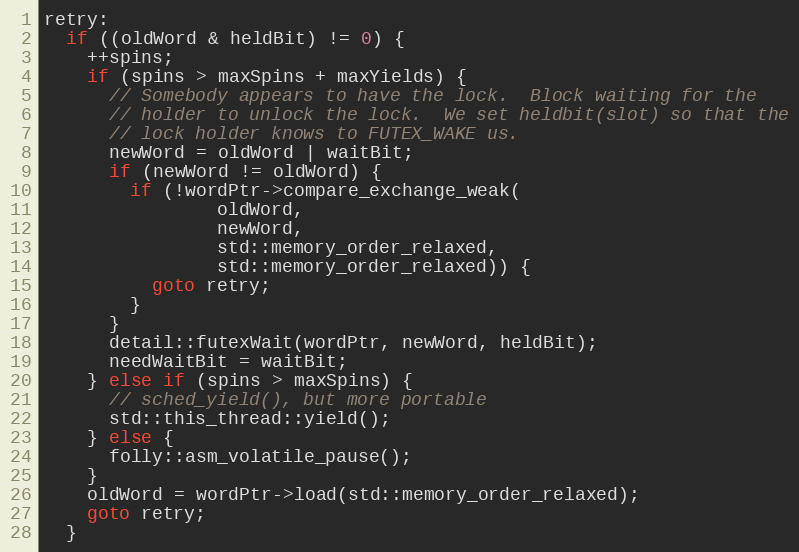
Language: C++
retry:
  if ((oldWord & heldBit) != 0) {
    ++spins;
    if (spins > maxSpins + maxYields) {
      // Somebody appears to have the lock.  Block waiting for the
      // holder to unlock the lock.  We set heldbit(slot) so that the
      // lock holder knows to FUTEX_WAKE us.
      newWord = oldWord | waitBit;
      if (newWord != oldWord) {
        if (!wordPtr->compare_exchange_weak(
                oldWord,
                newWord,
                std::memory_order_relaxed,
                std::memory_order_relaxed)) {
          goto retry;
        }
      }
      detail::futexWait(wordPtr, newWord, heldBit);
      needWaitBit = waitBit;
    } else if (spins > maxSpins) {
      // sched_yield(), but more portable
      std::this_thread::yield();
    } else {
      folly::asm_volatile_pause();
    }
    oldWord = wordPtr->load(std::memory_order_relaxed);
    goto retry;
  }